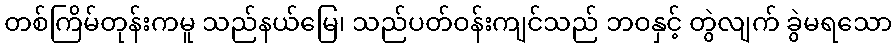
တစ်ကြိမ်တုန်းကမူ သည်နယ်မြေ၊ သည်ပတ်ဝန်းကျင်သည် ဘဝနှင့် တွဲလျက် ခွဲမရသော